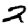
Digit: 2